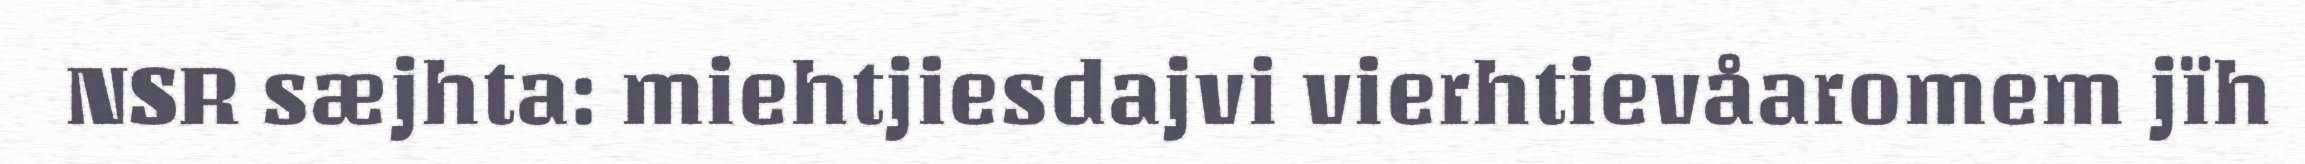
NSR sæjhta: miehtjiesdajvi vierhtievåaromem jïh